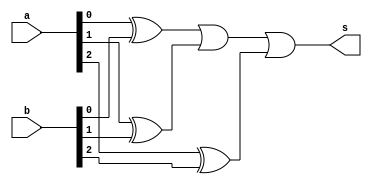
// -------------------------
// Exemplo0024  Comparador Diferenca
// Nome: Willian Antonio dos Santos
// -------------------------
// -------------------------
// compD 3 bit
// -------------------------
module compD3b (output s, input [2:0] a, input [2:0] b);
       wire s1, s2, s3;
       xor X1(s1, a[0], b[0]);
       xor X2(s2, a[1], b[1]);
       xor X3(s3, a[2], b[2]);
       or O1(s, s1, s2, s3);
endmodule // compD3b
// Testes
module test_compD3b;
       // ------------------------- definir dados
       reg [2:0] x;
       reg [2:0] y;
       wire dif;
       compD3b CD31(dif, x, y);
       // ------------------------- parte principal
       initial begin
               $display("Exemplo0024 - Willian Antonio dos Santos - 462020");
               $display("Teste de ALU, comparador de diferenca\n\nSaida vai a 1 se for diferente, 0 se for igual.\n");
               x = 0; y = 0;
               $monitor("Valor1: %3b != Valor2: %3b ? Diferente : %b ", x, y, dif);
               repeat (7) begin
                      #1 y = y + 1;
               end
               #1 $display("------------------------------------------");
               repeat (7) begin
                      #1 x = x + 1;y = y + 1;
                      repeat (7) begin
                             #1 y = y + 1;
                      end
                      #1 $display("------------------------------------------");
               end
       end
endmodule // test_compD3b